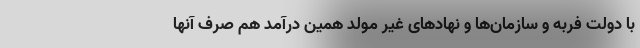
با دولت فربه و سازمان‌ها و نهادهای غیر مولد همین درآمد هم صرف آنها